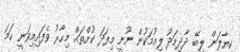
ކިޔާލަން ލިބޭ ދާދިމަދު ލިއުމަކުން ނޫނީ މިފަދަ ކުށްތައް މިހާރު ވެފައިމިވަނީ ހަމަ